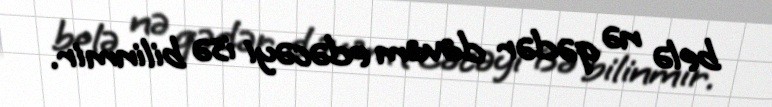
belə nə qədər davam edəcəyi isə bilinmir.